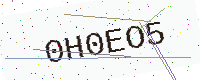
Text: 0H0EO5